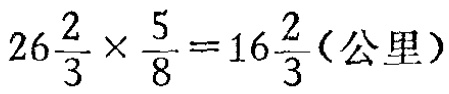
$26\frac{2}{3} \times \frac{5}{8}=16\frac{2}{3}(\text{公里})$